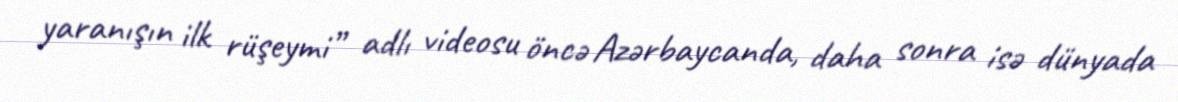
yaranışın ilk rüşeymi” adlı videosu öncə Azərbaycanda, daha sonra isə dünyada